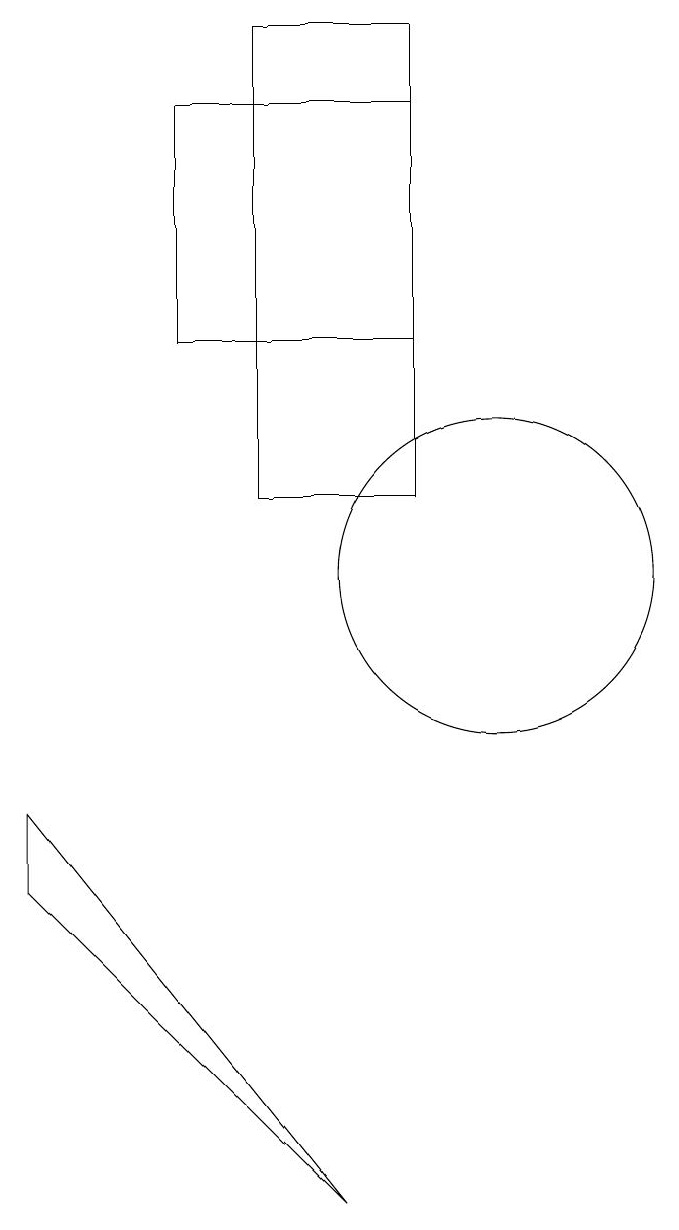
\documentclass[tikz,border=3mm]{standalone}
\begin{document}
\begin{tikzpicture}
\draw (4,8) -- (8,3) -- (4,7) -- cycle;
\draw (9,17) rectangle (6,14);
\draw (10,11) circle (2);
\draw (7,12) rectangle (9,18);
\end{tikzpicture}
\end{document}